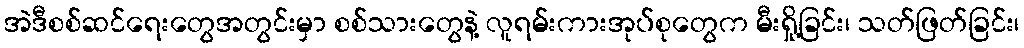
အဲဒီစစ်ဆင်ရေးတွေအတွင်းမှာ စစ်သားတွေနဲ့ လူရမ်းကားအုပ်စုတွေက မီးရှို့ခြင်း၊ သတ်ဖြတ်ခြင်း၊